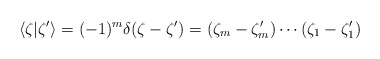
\begin{align*}\langle\zeta|\zeta^{\prime}\rangle=(-1)^m\delta(\zeta-\zeta^{\prime})=(\zeta_m-\zeta^{\prime}_m)\cdots(\zeta_1-\zeta^{\prime}_1)\end{align*}